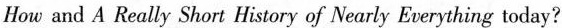
How and A Really Short History of Nearly Everything today?